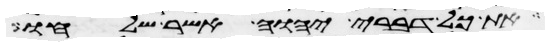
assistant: את כל דברי יהוה אשר שלחו